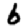
Digit: 6